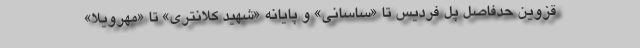
قزوین حدفاصل پل فردیس تا «ساسانی» و پایانه «شهید کلانتری» تا «مهرویلا»